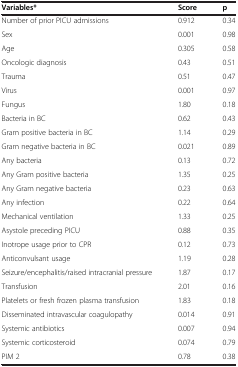
<table><thead><tr><td><b>Variables*</b></td><td><b>Score</b></td><td><b>p</b></td></tr></thead><tbody><tr><td>Number of prior PICU admissions</td><td>0.912</td><td>0.34</td></tr><tr><td>Sex</td><td>0.001</td><td>0.98</td></tr><tr><td>Age</td><td>0.305</td><td>0.58</td></tr><tr><td>Oncologic diagnosis</td><td>0.43</td><td>0.51</td></tr><tr><td>Trauma</td><td>0.51</td><td>0.47</td></tr><tr><td>Virus</td><td>0.001</td><td>0.97</td></tr><tr><td>Fungus</td><td>1.80</td><td>0.18</td></tr><tr><td>Bacteria in BC</td><td>0.62</td><td>0.43</td></tr><tr><td>Gram positive bacteria in BC</td><td>1.14</td><td>0.29</td></tr><tr><td>Gram negative bacteria in BC</td><td>0.021</td><td>0.89</td></tr><tr><td>Any bacteria</td><td>0.13</td><td>0.72</td></tr><tr><td>Any Gram positive bacteria</td><td>1.35</td><td>0.25</td></tr><tr><td>Any Gram negative bacteria</td><td>0.23</td><td>0.63</td></tr><tr><td>Any infection</td><td>0.22</td><td>0.64</td></tr><tr><td>Mechanical ventilation</td><td>1.33</td><td>0.25</td></tr><tr><td>Asystole preceding PICU</td><td>0.88</td><td>0.35</td></tr><tr><td>Inotrope usage prior to CPR</td><td>0.12</td><td>0.73</td></tr><tr><td>Anticonvulsant usage</td><td>1.19</td><td>0.28</td></tr><tr><td>Seizure/encephalitis/raised intracranial pressure</td><td>1.87</td><td>0.17</td></tr><tr><td>Transfusion</td><td>2.01</td><td>0.16</td></tr><tr><td>Platelets or fresh frozen plasma transfusion</td><td>1.83</td><td>0.18</td></tr><tr><td>Disseminated intravascular coagulopathy</td><td>0.014</td><td>0.91</td></tr><tr><td>Systemic antibiotics</td><td>0.007</td><td>0.94</td></tr><tr><td>Systemic corticosteroid</td><td>0.074</td><td>0.79</td></tr><tr><td>PIM 2</td><td>0.78</td><td>0.38</td></tr></tbody></table>